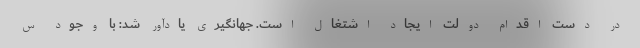
در دست اقدام دولت ایجاد اشتغال است. جهانگیری یادآور شد: با وجود س